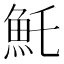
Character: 魠